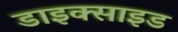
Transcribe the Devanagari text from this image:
डाइक्साइड